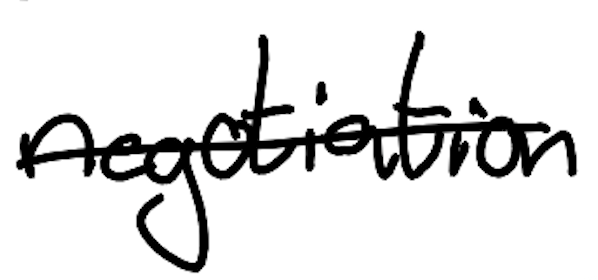
Text: negotiation
Cross-out: single-line
Writing tool: digital_black